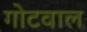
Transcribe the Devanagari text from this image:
गोटवाल